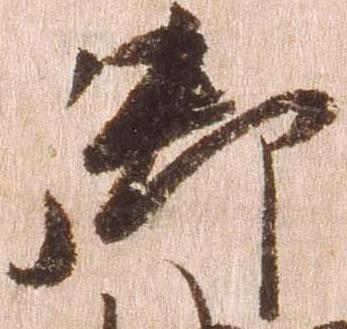
御